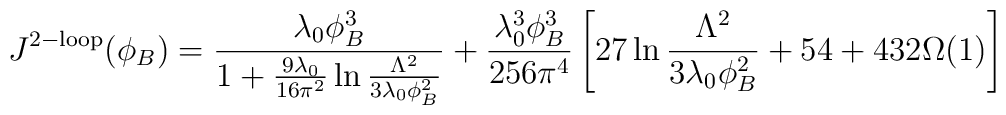
J^{\mathrm{2-loop}}(\phi_B)=\frac{\lambda_0\phi^3_B}{1+\frac{9\lambda_0}{16\pi^2}\ln \frac{\Lambda^2}{3\lambda_0\phi^2_B} } +\frac{\lambda_0^3\phi^3_B}{256\pi^4}\left[27\ln \frac{\Lambda^2}{3\lambda_0\phi^2_B} + 54 + 432\Omega(1) \right]